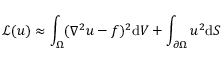
\mathcal { L } ( u ) \approx \int _ { \Omega } ( \nabla ^ { 2 } u - f ) ^ { 2 } \mathrm { d } V + \int _ { \partial \Omega } u ^ { 2 } \mathrm { d } S